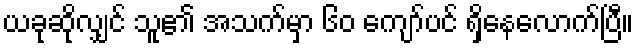
ယခုဆိုလျှင် သူ၏ အသက်မှာ ၆၀ ကျော်ပင် ရှိနေလောက်ပြီ။